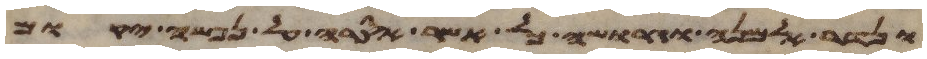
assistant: ונדר אלמנה וגרושה כל אשר אסרה על נפשה יקום